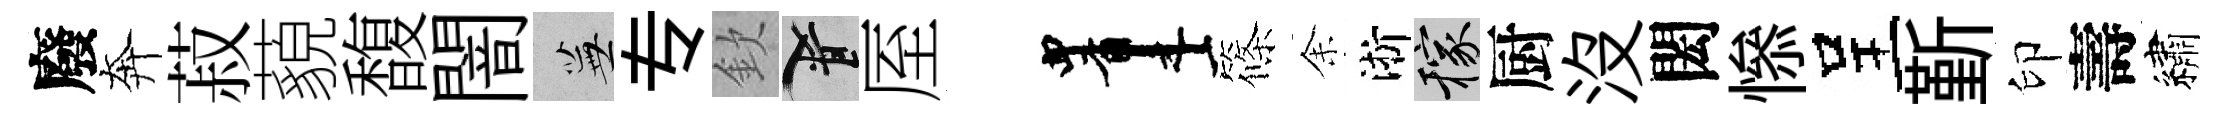
廢奔菽藐馥闇蕪专欽柳厔画篠𪜬淅稼厨没閎𢡖呈斳印壽繡